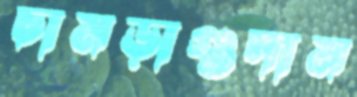
চামড়াগুদাম